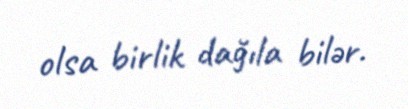
olsa birlik dağıla bilər.